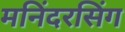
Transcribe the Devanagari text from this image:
मनिंदरसिंग